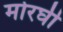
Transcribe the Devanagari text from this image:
मोरघी